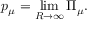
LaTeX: p _ { \mu } = \operatorname * { l i m } _ { R \to \infty } \Pi _ { \mu } .